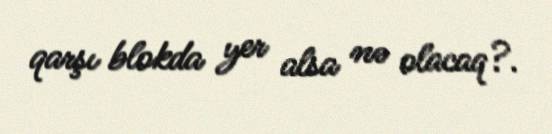
qarşı blokda yer alsa nə olacaq?.